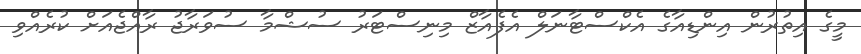
މީގެ އިތުރުން އިންޑިއާގެ އެކްސްޓާނަލް އެފެއާޒް މިނިސްޓަރު ސުޝްމާ ސުވަރާޖު ރާއްޖެއަށް ކުރެއްވި